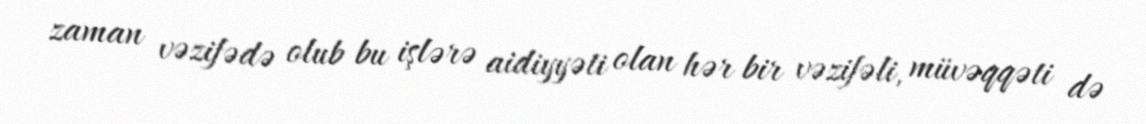
zaman vəzifədə olub bu işlərə aidiyyəti olan hər bir vəzifəli, müvəqqəti də